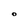
Character: O